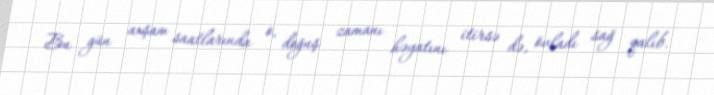
Bu gün axşam saatlarında o, doğuş zamanı həyatını itirsə də, övladı sağ qalıb.